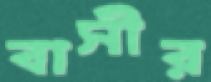
বাসীর